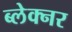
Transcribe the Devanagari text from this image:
ब्लेक्नर